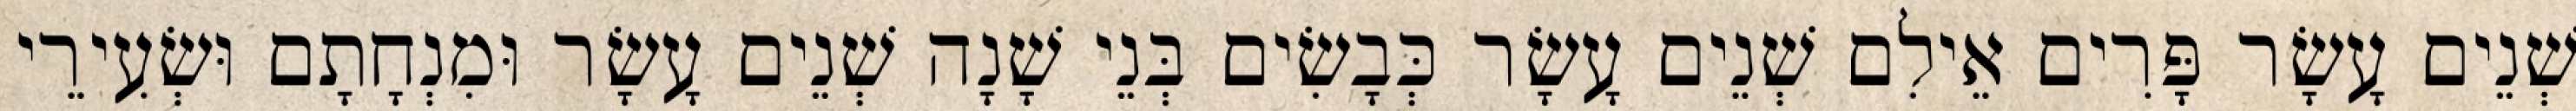
שְׁנֵים עָשָׂר פָּרִים אֵילִם שְׁנֵים עָשָׂר כְּבָשִׂים בְּנֵי שָׁנָה שְׁנֵים עָשָׂר וּמִנְחָתָם וּשְׂעִירֵי